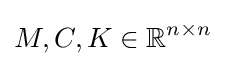
M,C,K\in \mathbb {R} ^{n\times n}